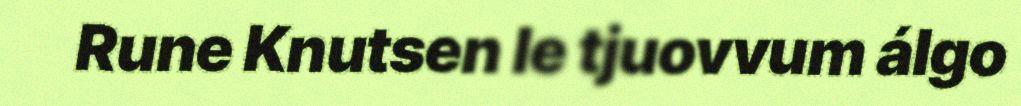
Rune Knutsen le tjuovvum álgo